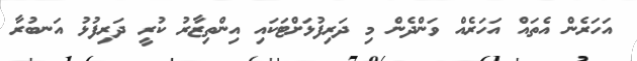
އަހަރެން އެތައް އަހަރެއް ވަންދެން މި ދަރިފުޅަށްޓަކައި އިންތިޒާރު ކުރީ ދަރިފުޅު އަނބުރާ